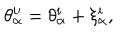
LaTeX: \theta _ { \alpha } ^ { i \prime } = \theta _ { \alpha } ^ { i } + \xi _ { \alpha } ^ { i } ,